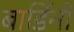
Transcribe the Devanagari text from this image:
बार्डिनी